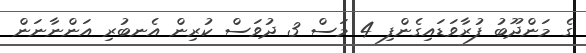
ގެ މަންދޫބު ފުރާވަޑައިގެންފި 4 މަސް 3 ދުވަސް ކުރިން އެނބުރި އަންނާނަން